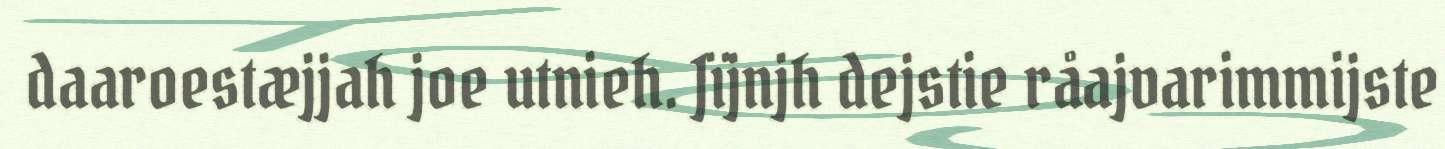
daaroestæjjah joe utnieh. Jïjnjh dejstie råajvarimmijste